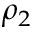
\rho _ { 2 }